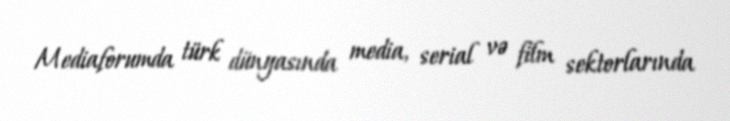
Mediaforumda türk dünyasında media, serial və film sektorlarında